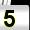
Digit: 5